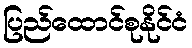
ပြည်ထောင်စုနိုင်ငံ